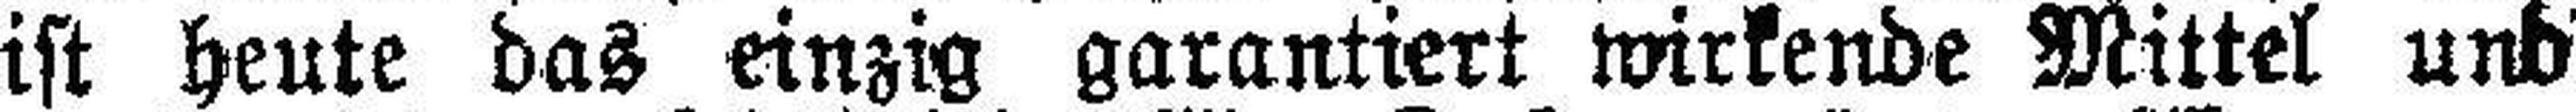
ist heute das einzig garantiert wirkende Mittel und